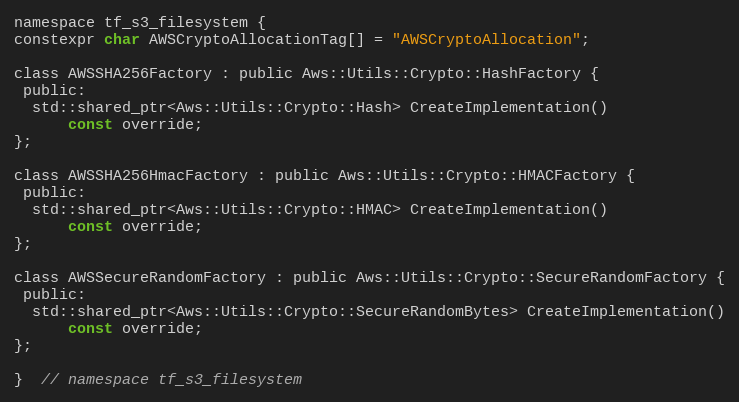
Language: C
namespace tf_s3_filesystem {
constexpr char AWSCryptoAllocationTag[] = "AWSCryptoAllocation";

class AWSSHA256Factory : public Aws::Utils::Crypto::HashFactory {
 public:
  std::shared_ptr<Aws::Utils::Crypto::Hash> CreateImplementation()
      const override;
};

class AWSSHA256HmacFactory : public Aws::Utils::Crypto::HMACFactory {
 public:
  std::shared_ptr<Aws::Utils::Crypto::HMAC> CreateImplementation()
      const override;
};

class AWSSecureRandomFactory : public Aws::Utils::Crypto::SecureRandomFactory {
 public:
  std::shared_ptr<Aws::Utils::Crypto::SecureRandomBytes> CreateImplementation()
      const override;
};

}  // namespace tf_s3_filesystem